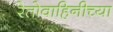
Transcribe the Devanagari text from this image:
रेतोवाहिनीच्या